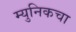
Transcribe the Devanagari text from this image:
म्युनिकचा